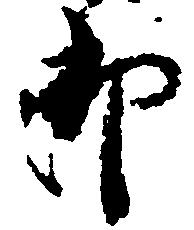
御